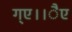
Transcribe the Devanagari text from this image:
ग्ए।।ैए